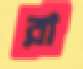
রা